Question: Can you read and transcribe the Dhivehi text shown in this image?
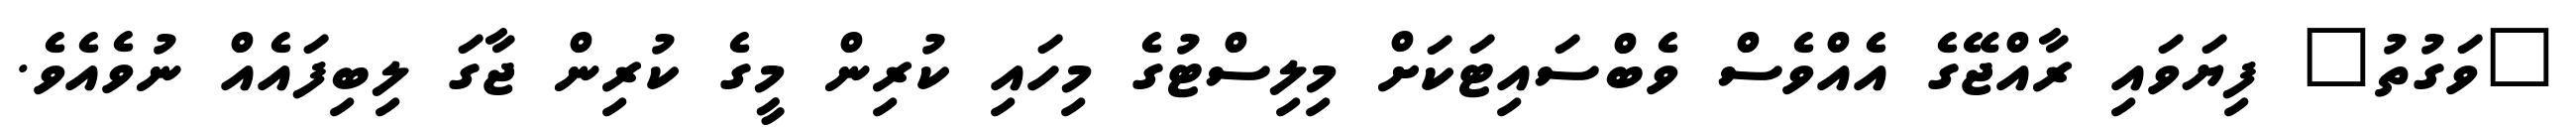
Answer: "ވަގުތު" ފިޔަވައި ރާއްޖޭގެ އެއްވެސް ވެބްސައިޓަކަށް މިލިސްޓުގެ މިހައި ކުރިން މީގެ ކުރިން ޖާގަ ލިބިފައެއް ނުވެއެވެ.